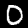
Label: 0